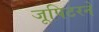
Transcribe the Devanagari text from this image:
जूपिटरने